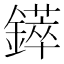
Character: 𲇥